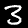
Label: 3